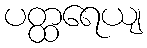
ပတ္ထရေယျ